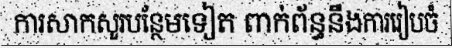
ការសាកសួរបន្ថែមទៀត ពាក់ព័ន្ធនឹងការរៀបចំ